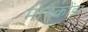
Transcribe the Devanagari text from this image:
मायकोंडा